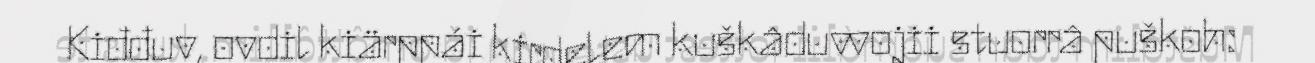
Kiđđuv, ovdil kiärppái kirdelem kuškâduvvojii stuorrâ puškoh: